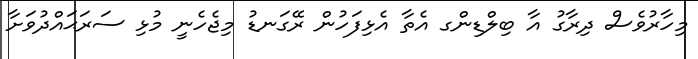
މިހާރުވެސް ދިރާގު އާ ބިލްޑިންގ އެތާ އެޅިފަހުން ރޭގަނޑު މިޖެހެނީ މުޅި ސަރަޙައްދުވަށާ